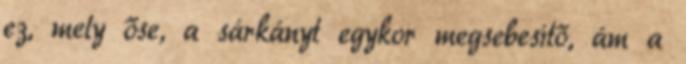
ez, mely őse, a sárkányt egykor megsebesítő, ám a